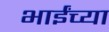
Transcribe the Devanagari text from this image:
भाईंच्या